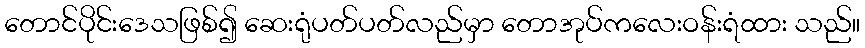
တောင်ပိုင်းဒေသဖြစ်၍ ဆေးရုံပတ်ပတ်လည်မှာ တောအုပ်ကလေးဝန်းရံထား သည်။